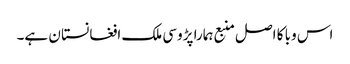
اس وبا کا اصل منبع ہمارا پڑوسی ملک افغانستا ن ہے۔